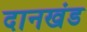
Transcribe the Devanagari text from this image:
दानखंड